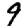
Digit: 9